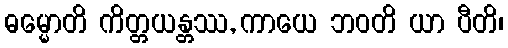
ဓမ္မောတိ ကိတ္တယန္တဿ, ကာယေ ဘဝတိ ယာ ပီတိ၊